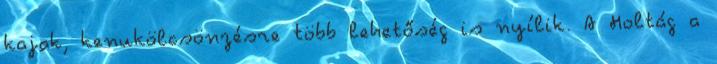
kajak, kenukölcsönzésre több lehetőség is nyílik. A Holtág a